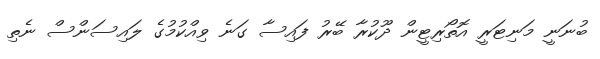
ބުނަނީ މަނިޓަރީ އޮތޯރިޓީން ދޫކުރާ ބޭރު ފައިސާ ގަނެ ވިއްކުމުގެ ލައިސަންސް ނެތި